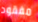
مفقود